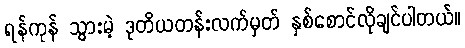
ရန်ကုန် သွားမဲ့ ဒုတိယတန်းလက်မှတ် နှစ်စောင်လိုချင်ပါတယ်။